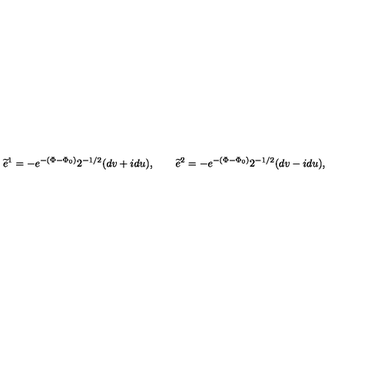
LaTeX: \widetilde e ^ { 1 } = - e ^ { - ( \Phi - \Phi _ { 0 } ) } 2 ^ { - 1 / 2 } ( d v + i d u ) , \qquad \widetilde e ^ { 2 } = - e ^ { - ( \Phi - \Phi _ { 0 } ) } 2 ^ { - 1 / 2 } ( d v - i d u ) ,